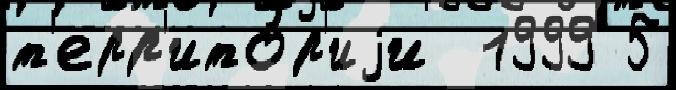
т'ерр'ито́р'иjи  1999 5